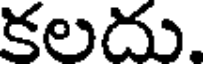
కలదు.